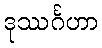
ဒုဿင်္ဂဟာ